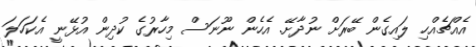
އެއްޗެއްހި ލައިގެން ބޭރަށް ނުދާށޭ. އެހެން ނޫނަސް މިހާރުގެ ކުދިން އުޅޭނީ އެކަހަލަ